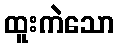
ထူးကဲသော